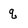
Character: q